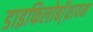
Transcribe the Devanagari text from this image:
डाइफिलोबॉ्थ्रायम